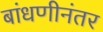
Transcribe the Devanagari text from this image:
बांधणीनंतर